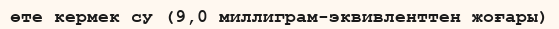
өте кермек су (9,0 миллиграм-эквивленттен жоғары)